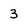
Character: 3